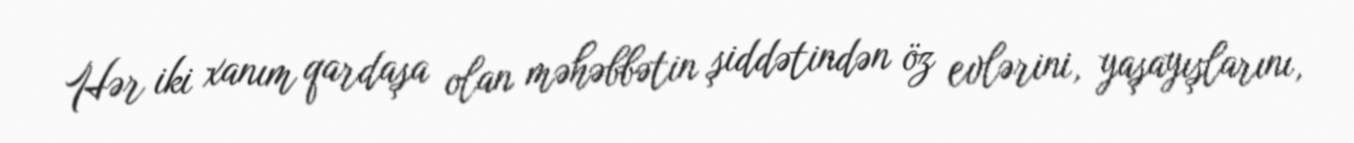
Hər iki xanım qardaşa olan məhəbbətin şiddətindən öz evlərini, yaşayışlarını,